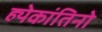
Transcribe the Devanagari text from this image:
ह्येकांतिनो